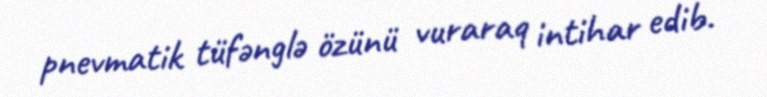
pnevmatik tüfənglə özünü vuraraq intihar edib.